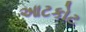
આટકોટ